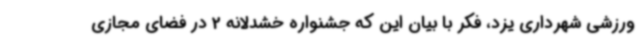
ورزشی شهرداری یزد، فکر با بیان این که جشنواره خشدلانه 2 در فضای مجازی